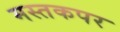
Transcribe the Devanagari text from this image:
मस्तकपर